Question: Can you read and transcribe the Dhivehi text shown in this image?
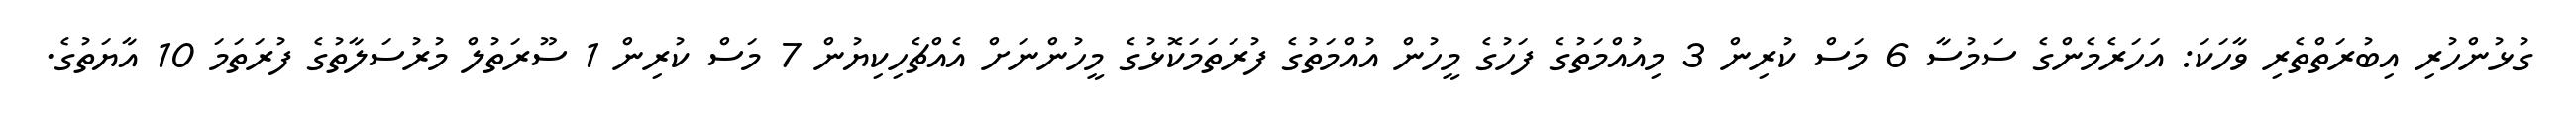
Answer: ގުޅުންހުރި އިބުރަތްތެރި ވާހަކަ: އަހަރެމެންގެ ސަމުސާ 6 މަސް ކުރިން 3 މިއުއްމަތުގެ ފަހުގެ މީހުން އުއްމަތުގެ ފުރަތަމަކޮޅުގެ މީހުންނަށް އެއްޗެހިކިޔުން 7 މަސް ކުރިން 1 ސޫރަތުލް މުރުސަލާތުގެ ފުރަތަމަ 10 އާޔަތުގެ.